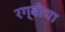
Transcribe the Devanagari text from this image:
रग्बीचा